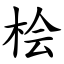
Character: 桧